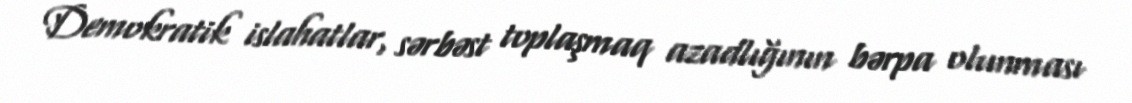
Demokratik islahatlar, sərbəst toplaşmaq azadlığının bərpa olunması